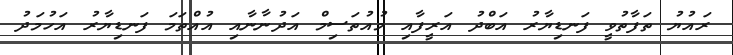
ރައުޔު ތަފާތުވީ ފަނޑިޔާރު އަބްދު އަރީފާއި މުއުތަސިމް އަދުނާނާއި އުއްތަމަ ފަނޑިޔާރު އަހުމަދު